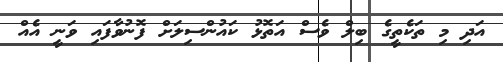
އަދި މި ތަކެތީގެ ބިލް ވެސް އަތޮޅު ކައުންސިލަށް ފޮނުވާފައި ވަނީ އެއް